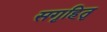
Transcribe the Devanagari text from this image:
सगृहितृ